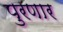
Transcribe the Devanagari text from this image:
पुरणार